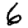
Digit: 6